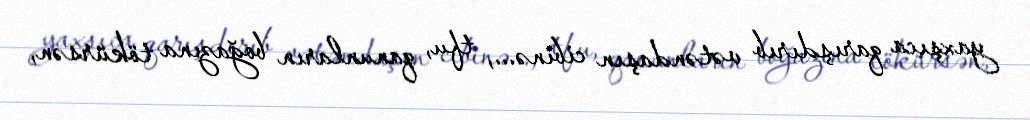
yaxşıca qarışdırıb vətəndaşın cibinə..., tfu, qanunların boğazına tökürsən,